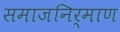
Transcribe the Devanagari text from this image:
समाजनिर्माण